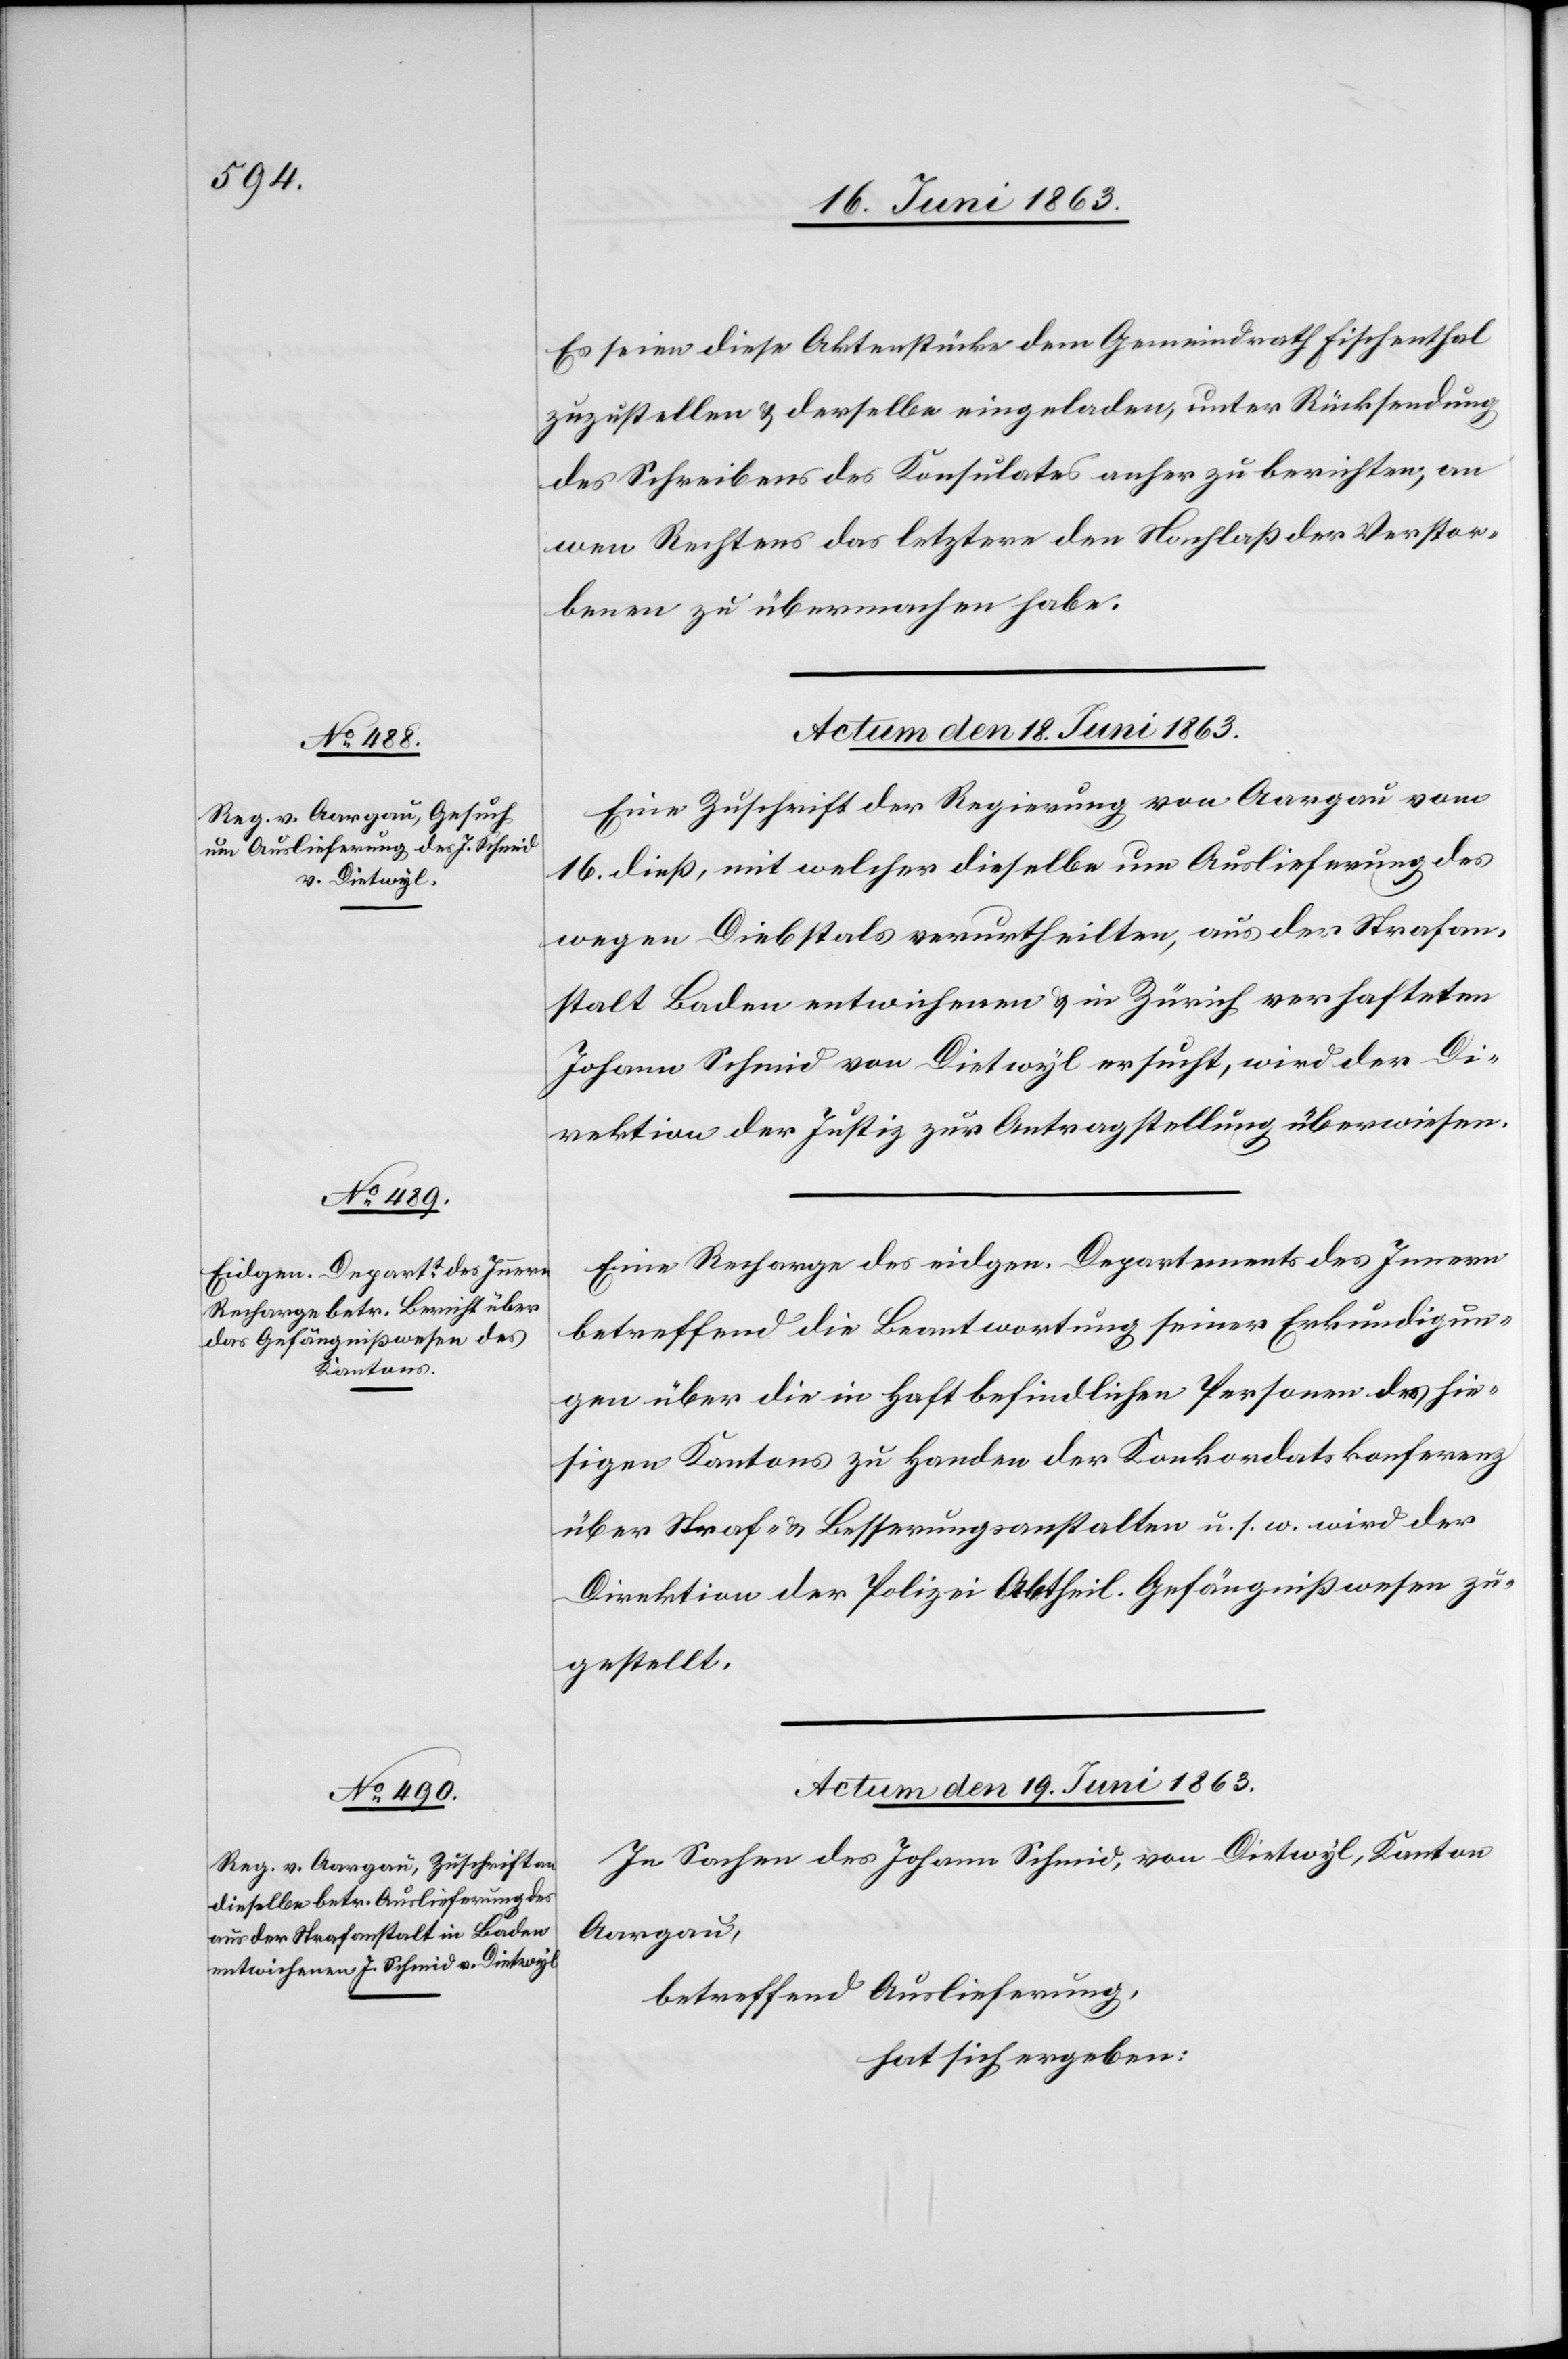
Es seien diese Aktenstücke dem Gemeindrath Fischenthal
zuzustellen & derselbe eingeladen, unter Rücksendung
des Schreibens des Konsulates anher zu berichten, an
wen Rechtens das letztere den Nachlaß der Verstor¬
benen zu übermachen habe.
Actum den 18. Juni 1863.]
Eine Zuschrift der Regierung von Aargau vom
16. dieß, mit welcher dieselbe um Auslieferung des
wegen Diebstals verurtheilten, aus der Strafan¬
stalt Baden entwichenen & in Zürich verhafteten
Johann Schmid von Dietwyl ersucht, wird der Di¬
rektion der Justiz zur Antragstellung überwiesen.
Eine Recharge des eidgen. Departements des Innern
betreffend die Beantwortung seiner Erkundigun¬
gen über die in Haft befindlichen Personen des hie¬
sigen Kantons zu Handen der Konkordatskonferenz
über Straf- & Besserungsanstalten u. s. w. wird der
Direktion der Polizei Abtheil. Gefängnißwesen zu¬
gestellt.
Actum den 19. Juni 1863.
In Sachen des Johann Schmid, von Dietwyl, Kanton
Aargau,
betreffend Auslieferung,
hat sich ergeben: